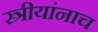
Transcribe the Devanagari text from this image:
स्त्रीयांनाच